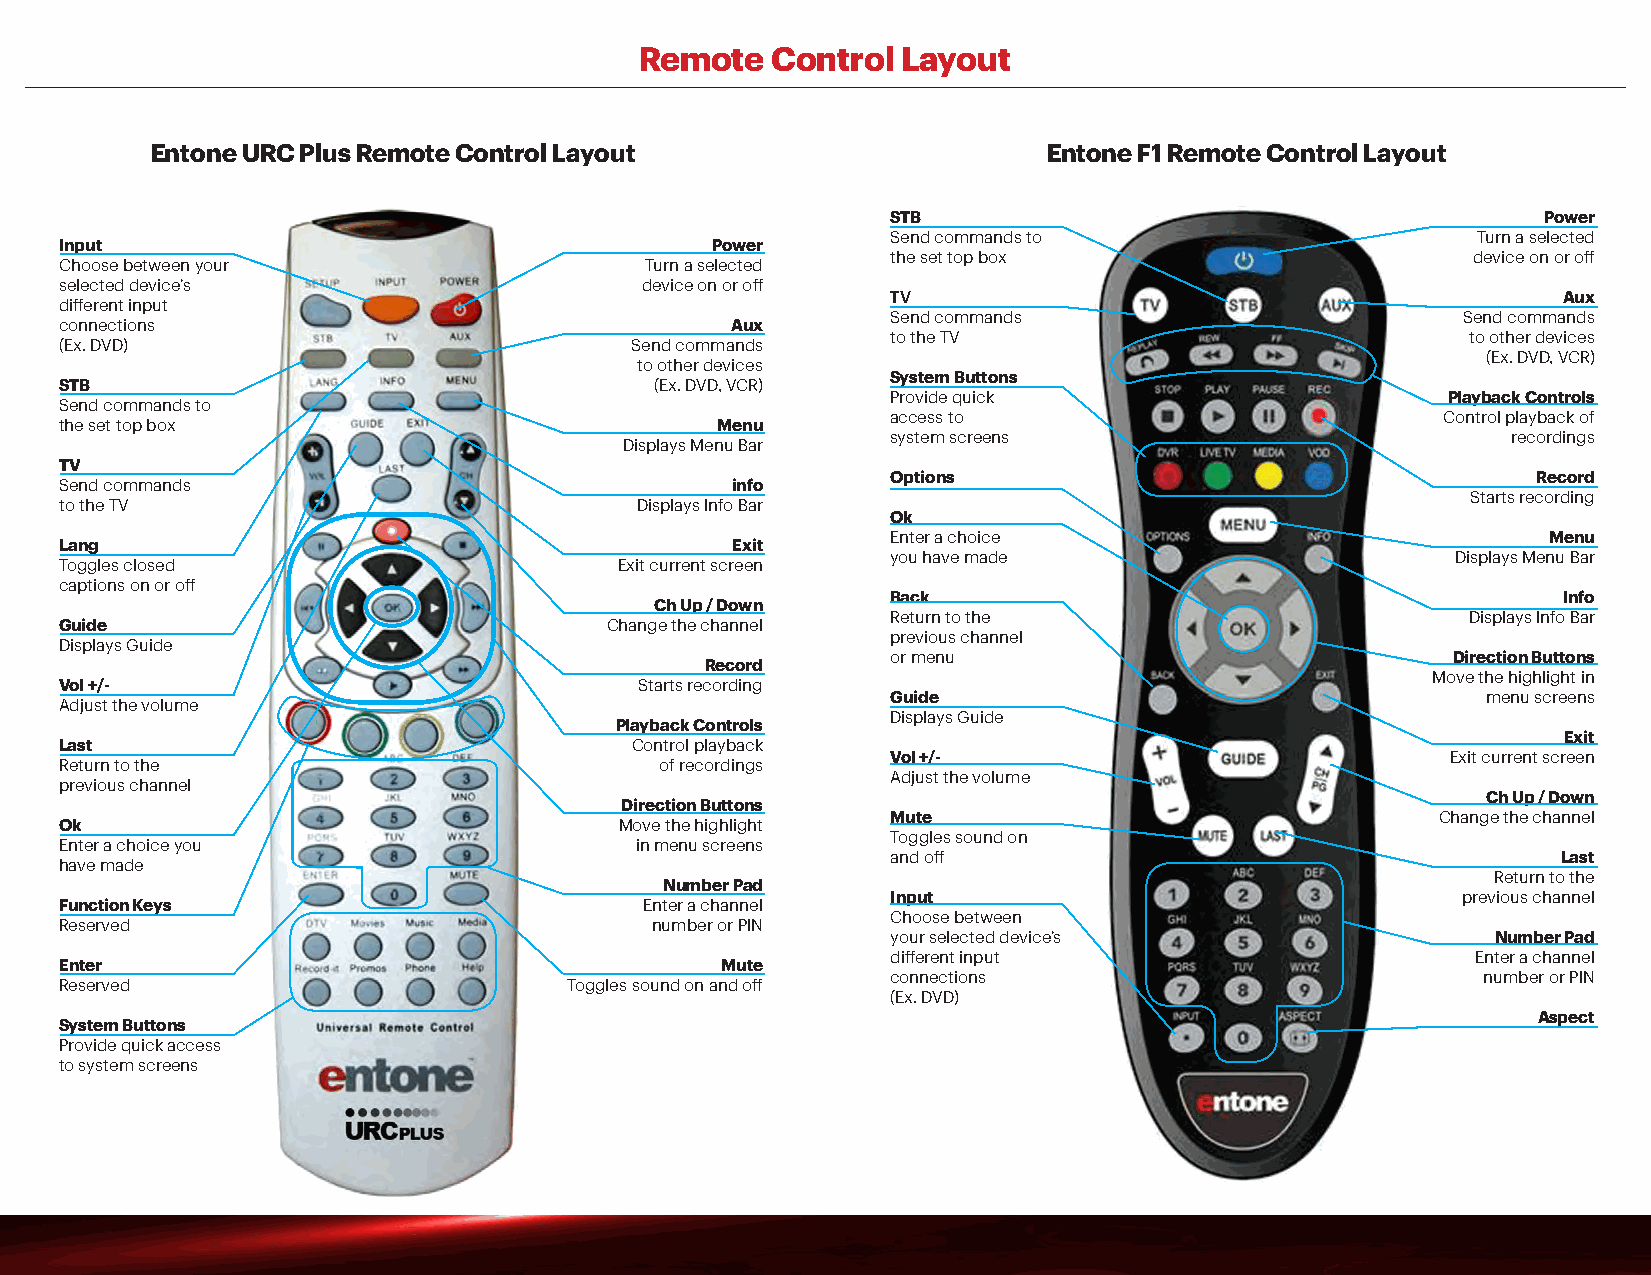
Remote   Control  Layout
 Entone URC Plus Remote Control Layout                      Entone F1 Remote Control Layout
 STB                                        Power
 Send commands to                       Turn a selected
 Input                                      Power
 the set top box                       device on or off
 Choose between your                    Turn a selected
 selected device’s                     device on or off
 TV                                          Aux
 different input
 Send commands                         Send commands
 connections                                 Aux
 to the TV                             to other devices
 (Ex. DVD)                             Send commands
 (Ex. DVD, VCR)
 to other devices
 System Buttons
 STB                                    (Ex. DVD, VCR)
 Provide quick                        Playback Controls
 Send commands to
 access to                            Control playback of
 the set top box                            Menu
 system screens                           recordings
 Displays Menu Bar
 TV
 Options                                    Record
 Send commands                               info
 Starts recording
 to the TV                             Displays Info Bar
 Ok
 Enter a choice                             Menu
 Lang                                        Exit
 you have made                        Displays Menu Bar
 Toggles closed                       Exit current screen
 captions on or off
 Back                                        Info
 Ch Up / Down
 Return to the                         Displays Info Bar
 Guide                               Change the channel
 previous channel
 Displays Guide
 or menu                              Direction Buttons
 Record
 Move the highlight in
 Vol +/-                               Starts recording
 Guide                                  menu screens
 Adjust the volume
 Displays Guide
 Playback Controls
 Exit
 Last                                  Control playback
 Vol +/-                              Exit current screen
 Return to the                           of recordings
 Adjust the volume
 previous channel
 Ch Up / Down
 Direction Buttons
 Mute                                Change the channel
 Ok                                   Move the highlight
 Toggles sound on
 Enter a choice you                    in menu screens
 and off                                     Last
 have made
 Return to the
 number Pad
 Input                                 previous channel
 Function Keys                          Enter a channel
 Choose between
 Reserved                               number or PIN
 your selected device’s                  number Pad
 different input                        Enter a channel
 Enter                                       Mute
 connections                            number or PIN
 Reserved                          Toggles sound on and off
 (Ex. DVD)
 Aspect
 System Buttons
 Provide quick access
 to system screens